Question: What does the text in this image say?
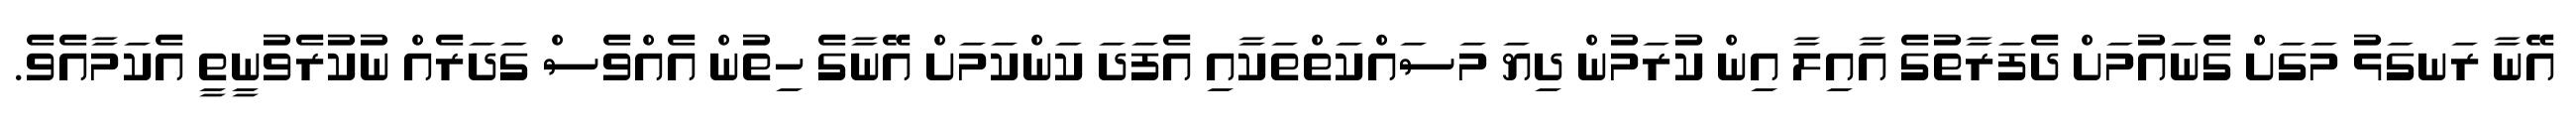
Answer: އޭނާ ރަނގަޅު މަގަށް ގެނައުމަށް ދެފަރާތުގެ އާއިލާ އިން ކުރަމުން ދިޔަ މަސައްކަތްތަކާއި އެފަދަ ކަންކަމަށް އޭނާގެ ހިތުން އެއްވެސް ގަދަރެއް ނުކުރެވުނީތީ އެކަމާއެވެ.